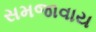
સમજાવાય